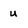
Character: u